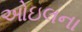
ઓઇલના